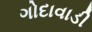
ગોદાવાડી